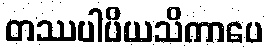
တဿပါပိယသိကာပေ